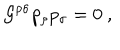
{ \cal G } ^ { \rho \sigma } p _ { \rho } p _ { \sigma } = 0 \ ,